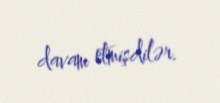
davam etmişdilər.